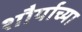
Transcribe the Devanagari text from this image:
शौर्याच्या